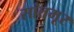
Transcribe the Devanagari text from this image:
सांतमूर